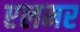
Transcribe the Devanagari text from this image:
एलमर